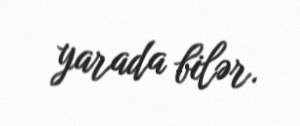
yarada bilər.